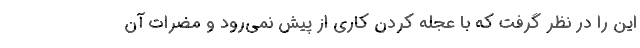
این را در نظر گرفت که با عجله کردن کاری از پیش نمی‌رود و مضرات آن